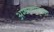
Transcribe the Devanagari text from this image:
अम्बलामुगळ